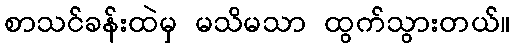
စာသင်ခန်းထဲမှ မသိမသာ ထွက်သွားတယ်။